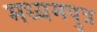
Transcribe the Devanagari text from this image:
मध्यमपुत्र